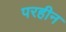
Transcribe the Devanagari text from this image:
परहीन